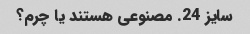
سایز 24. مصنوعی هستند یا چرم؟